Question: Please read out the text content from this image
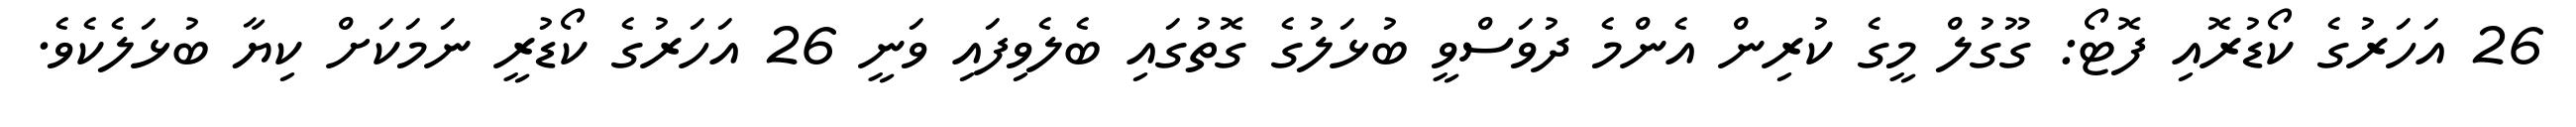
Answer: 26 އަހަރުގެ ކޯޑުރޮއި ފޮޓޯ: ގޫގުލް މީގެ ކުރިން އެންމެ ދުވަސްވީ ބުޅަލުގެ ގޮތުގައި ބެލެވިފައި ވަނީ 26 އަހަރުގެ ކޯޑުރީ ނަމަކަށް ކިޔާ ބުޅަލެކެވެ.